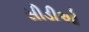
સીડીઓ